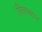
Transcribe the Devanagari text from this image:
पितामहान